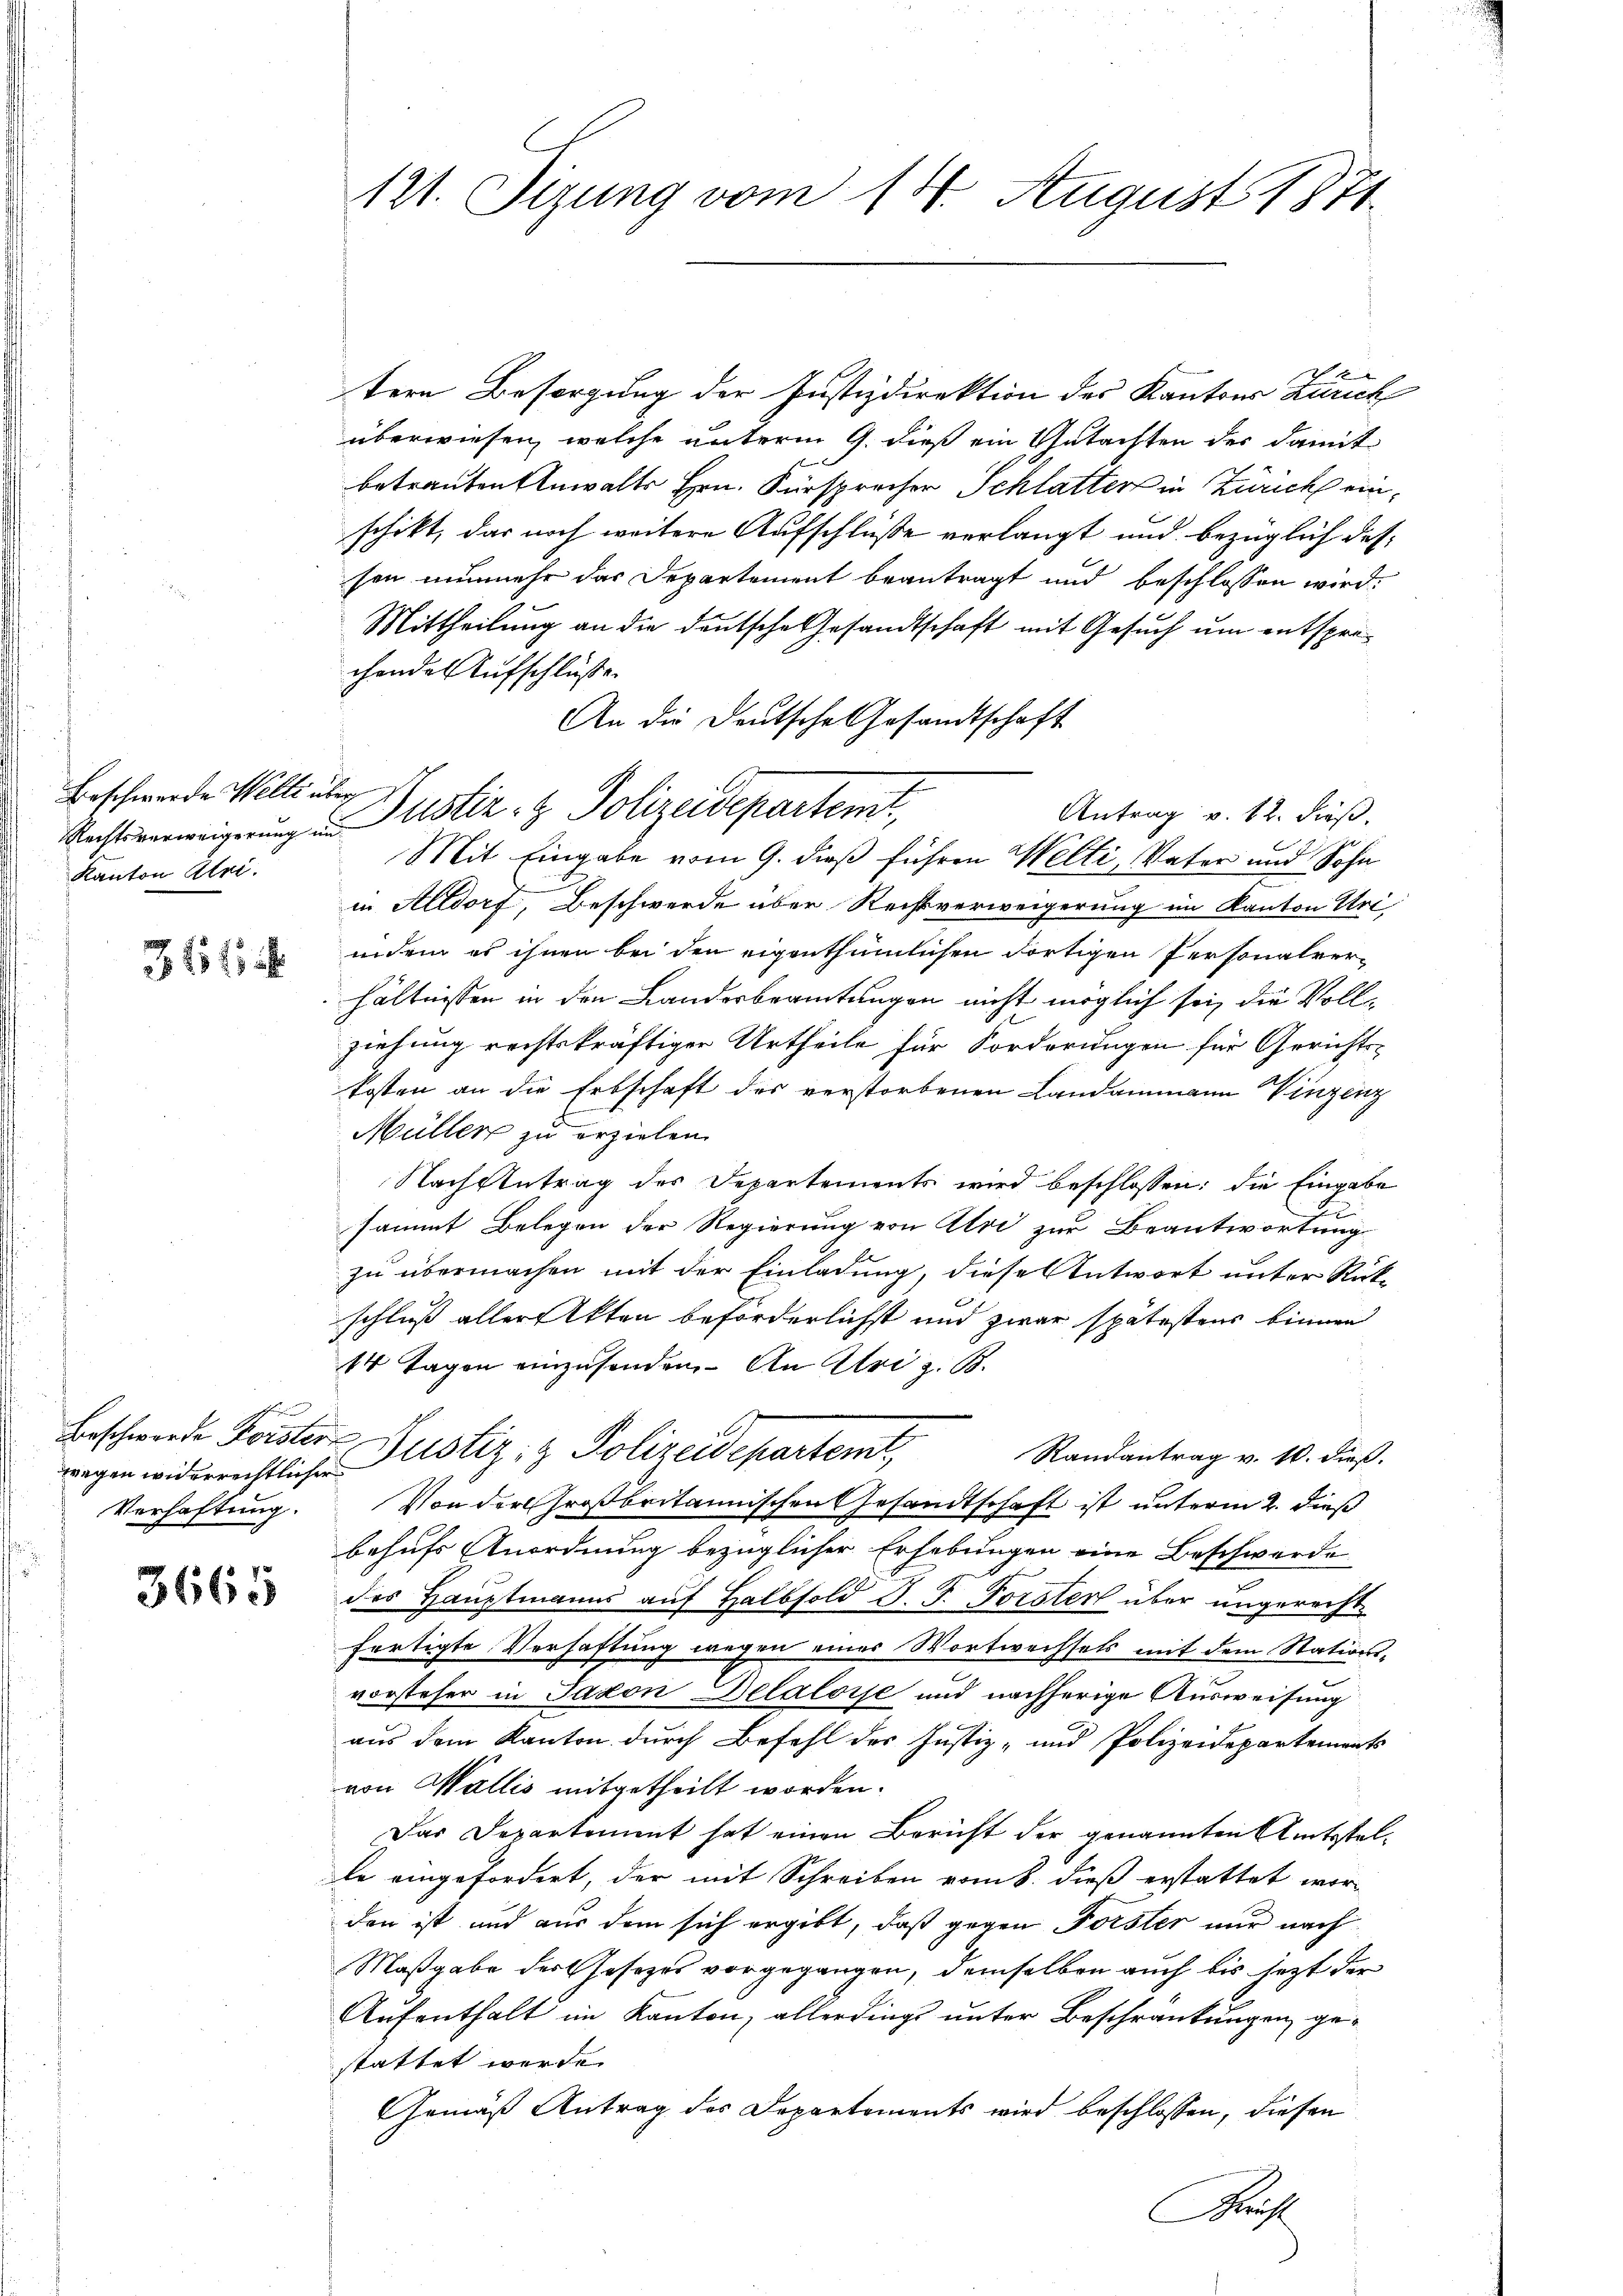
Beschwerde Welti über
Kanton Ulri

361 f

wegen widerrechtlicher
Verhaftung.

3665

tern Besorgung der Justizdirektion des Kantons Zürich
überwiesen, welche unterm 9. dieß ein Gutachten der damit
betrauten Anwalts Hrn. Fürsprecher Schlatter in Zürich einschikt, das noch weitere Aufschluße verlangt und bezüglich dessen nunmehr das Departement beantragt und beschlossen wird.
Mittheilung an die deutsche Gesandtschaft mit Gesuch um entsprechandes Aufschluße
An die Deutsche Gesandtschaft
Rechtsverweigerung u. Justiz- & Polizeidepartent,
Mit Eingabe vom 9. dieß führen Welti, Vater und Sohn
in Altdorf, Beschwerde über Rechtverweigerung im Kanton Uri,
indem es ihnen bei den eigenthümlichen dortigen Personalverhältnissen in den Landerbeamtungen nicht möglich sei, die Vollziehung rechtskräftiger Urtheile für Forderungen für Gerichtskosten an die Erbschaft des verstorbenen Landammann Vinzenz
Müller zu erzielen.
Nach Antrag des Departements wird beschlossen: die Eingabe
Ju
sammt Belegen der Regierung von Uri zur Beantwortung
zu übermachen mit der Einladung, diese Antwort unter Rückschluss aller Akten beförderlichst und zwar spätestens binnen
14 Tagen einzusenden. - An Uri z. B.
Beschwerden Frister Justiz- & Polizeidepartemt,
Randantrag v. 10. dieß.
Von der Großbritannischen Gesandtschaft ist unterm 2. dieß
behufs Anordnung bezüglicher Erhebungen eine Beschwerde
des Hauptmanns auf Halbsold V. P. Forster über ungerechtfertigte Verhaftung wegen einer Wortwechsels mit dem Stationsvorsteher in Jacon Delaloise und nachherige Ausweisung
aus dem Kanton durch Befehl der Justiz- und Polizeidepartements
von Wallis mitgetheilt worden.
Das Departement hat einen Bericht der genannten Amtsstelle eingefordert, der mit Schreiben vom 8. dieß erstattet wor-
den ist und aus dem sich ergibt, daß gegen Forster nur nach
Maßgabe der Josezes vorgegangen, demselben auch bis jetzt der
Aufenthalt im Kanton, allerdings unter Beschränkungen gestattet werde.
Gemäß Antrag des Departements wird beschlossen, diesen
ag

121. Sizung vom 14. August 1871

Antrag v. 12. dieß.